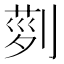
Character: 𠞝